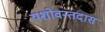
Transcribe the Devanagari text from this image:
यशोवन्तदास